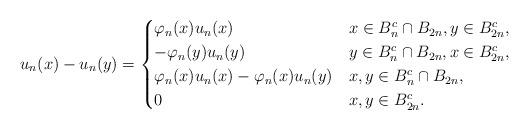
LaTeX: \begin{align*} u_n(x)-u_n(y)= \begin{cases} \varphi_n(x)u_n(x) &x\in B_n^c\cap B_{2n}, y\in B_{2n}^c,\\ -\varphi_n(y)u_n(y) &y\in B_n^c\cap B_{2n}, x\in B_{2n}^c,\\ \varphi_n(x)u_n(x)-\varphi_n(x)u_n(y)&x,y\in B_n^c\cap B_{2n},\\ 0&x,y\in B_{2n}^c. \end{cases} \end{align*}